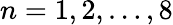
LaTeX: n=1,2,\ldots,8